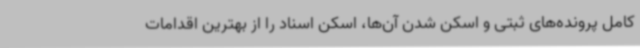
کامل پرونده‌های ثبتی و اسکن شدن آن‌ها، اسکن اسناد را از بهترین اقدامات